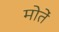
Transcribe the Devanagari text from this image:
मोतें